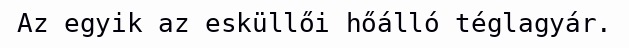
Az egyik az esküllői hőálló téglagyár.